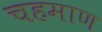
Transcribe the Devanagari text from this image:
चहमाण